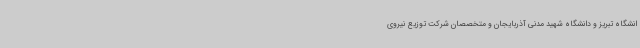
انشگاه تبریز و دانشگاه شهید مدنی آذربایجان و متخصصان شرکت توزیع نیروی